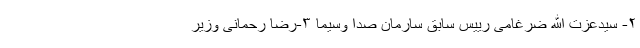
۲- سیدعزت الله ضرغامی رییس سابق سارمان صدا وسیما ۳-رضا رحمانی وزیر